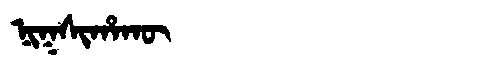
Manchu: ᠨᡳᡴᠰᡳᡥᠠᡴᡡ
Romanization: NIKSIHAKŪ